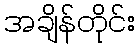
အချိန်တိုင်း